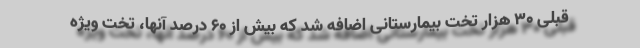
قبلی 30 هزار تخت بیمارستانی اضافه شد که بیش از 60 درصد آنها، تخت ویژه